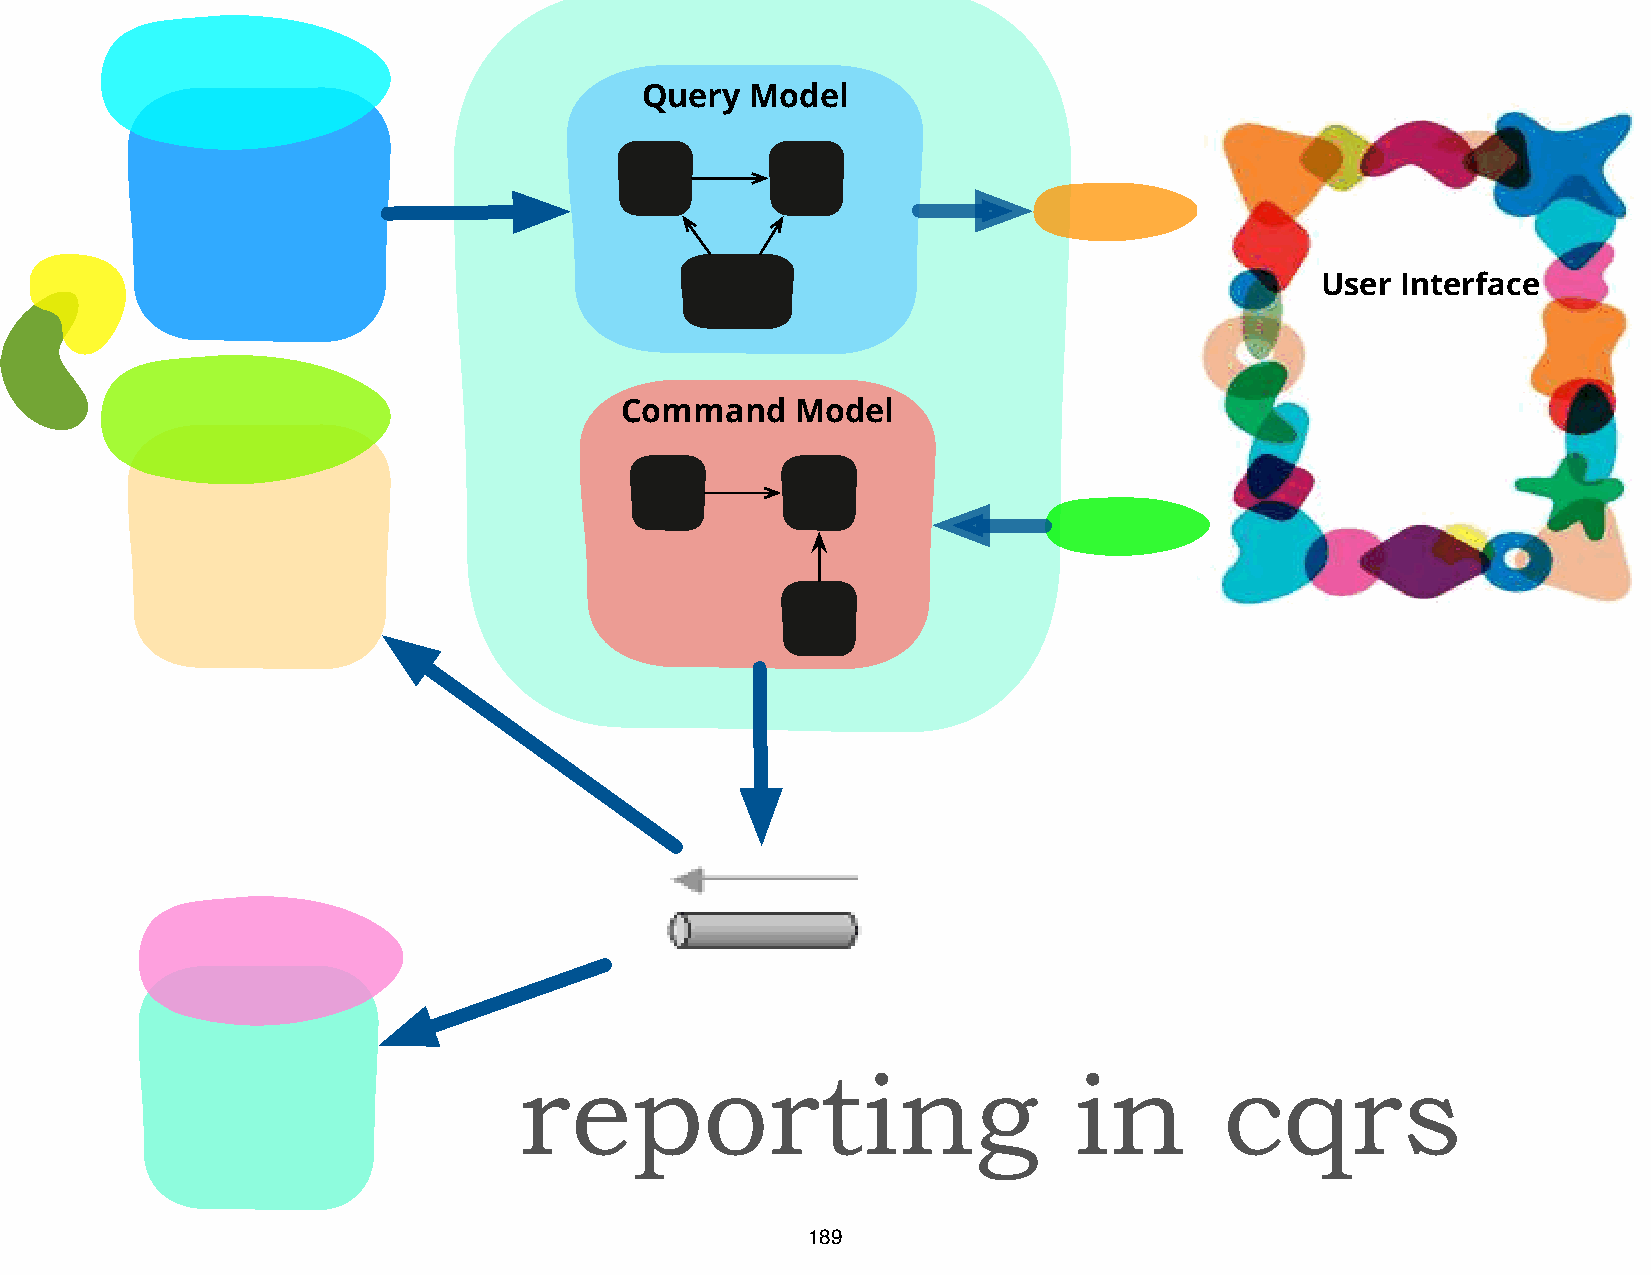
Query   Model
 User  Interface
 Command     Model
 reporting                            in        cqrs
 189